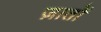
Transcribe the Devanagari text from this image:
ज़ातों